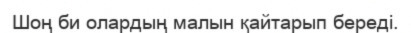
Шоң би олардың малын қайтарып береді.